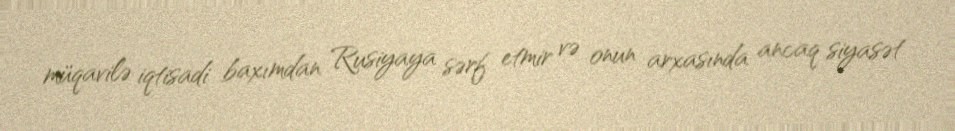
müqavilə iqtisadi baxımdan Rusiyaya sərf etmir və onun arxasında ancaq siyasət